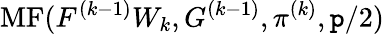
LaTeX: \operatorname{MF}(F^{(k-1)}W_{k},G^{(k-1)},\pi^{(k)},\mathtt{p}/2)